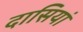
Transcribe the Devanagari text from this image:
दासियां